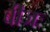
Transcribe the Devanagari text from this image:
बीजः